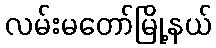
လမ်းမတော်မြို့နယ်